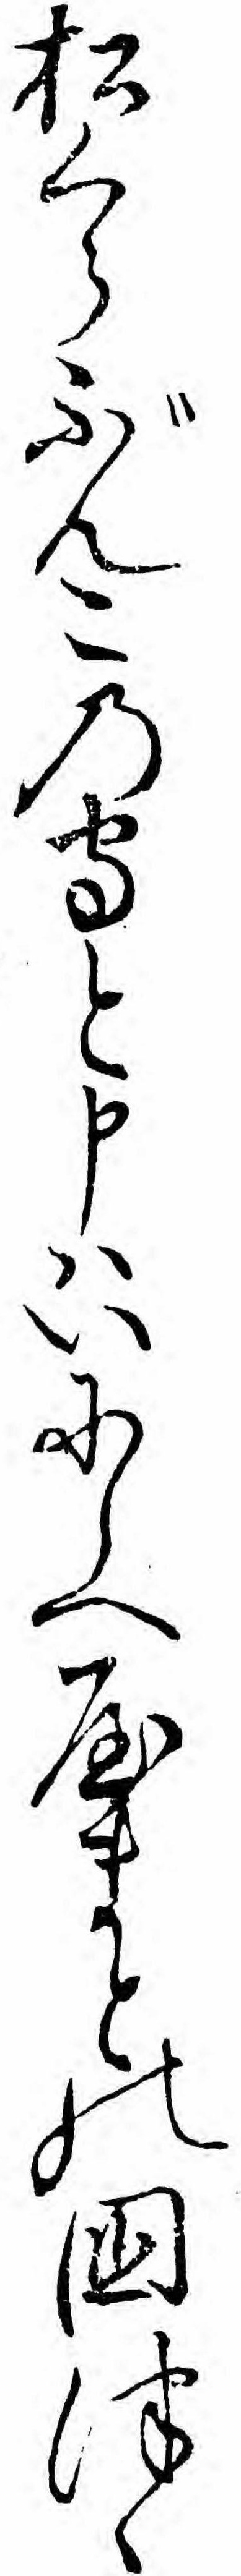
松くらぶんこの守と申ハいにしへやまとの国つゝ